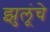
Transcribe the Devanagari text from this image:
झुलूंचे